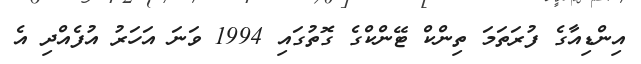
އިންޑިއާގެ ފުރަތަމަ ތިންކް ޓޭންކްގެ ގޮތުގައި 1994 ވަނަ އަހަރު އުފެއްދި އެ